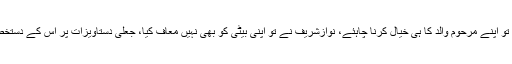
چودھری شجاعت حسین کا کہنا تھا کہ انہیں اپنا نہیں تو اپنے مرحوم والد کا ہی خیال کرنا چاہئے، نوازشریف نے تو اپنی بیٹی کو بھی نہیں معاف کیا، جعلی دستاویزات پر اس کے دستخط کروا لیے اور پھر کہتے ہیں کہ مجھے کیوں نکالا۔